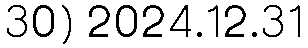
30) 2024.12.31